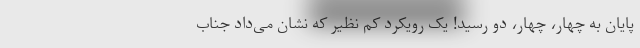
پایان به چهار، چهار، دو رسید! یک رویکرد کم نظیر که نشان می‌داد جناب